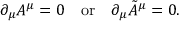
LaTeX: \partial _ { \mu } A ^ { \mu } = 0 \quad \mathrm { o r } \quad \partial _ { \mu } \tilde { A } ^ { \mu } = 0 .